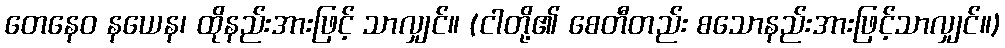
တေနေဝ နယေန၊ ထိုနည်းအားဖြင့် သာလျှင်။ (ငါတို့၏ စေတီတည်း စသောနည်းအားဖြင့်သာလျှင်။)